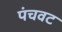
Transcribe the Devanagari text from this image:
पंचवट